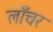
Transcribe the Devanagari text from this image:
लाँचर